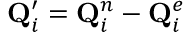
\mathbf { Q } _ { i } ^ { \prime } = \mathbf { Q } _ { i } ^ { n } - \mathbf { Q } _ { i } ^ { e }